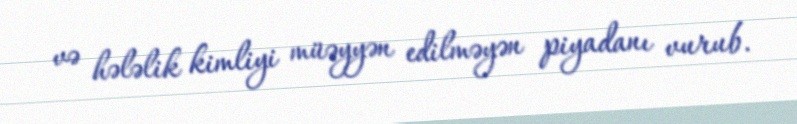
və hələlik kimliyi müəyyən edilməyən piyadanı vurub.